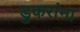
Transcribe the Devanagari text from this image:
डुकरांना